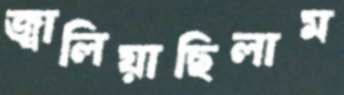
জ্বালিয়াছিলাম